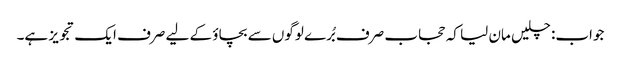
جواب: چلیں مان لیا کہ حجاب صرف بُرے لوگوں سے بچاؤ کے لیے صرف ایک تجویز ہے۔